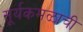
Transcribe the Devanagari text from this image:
सूर्यकमळाची